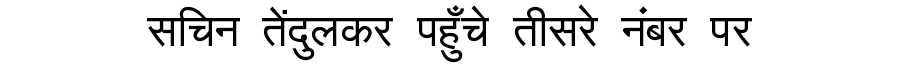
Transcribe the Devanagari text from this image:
सचिन तेंदुलकर पहुँचे तीसरे नंबर पर